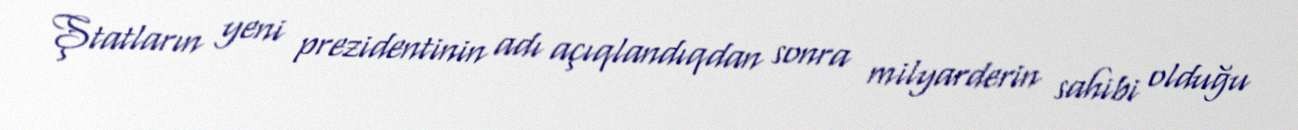
Ştatların yeni prezidentinin adı açıqlandıqdan sonra milyarderin sahibi olduğu